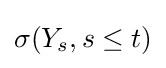
\sigma (Y_{s},s\leq t)